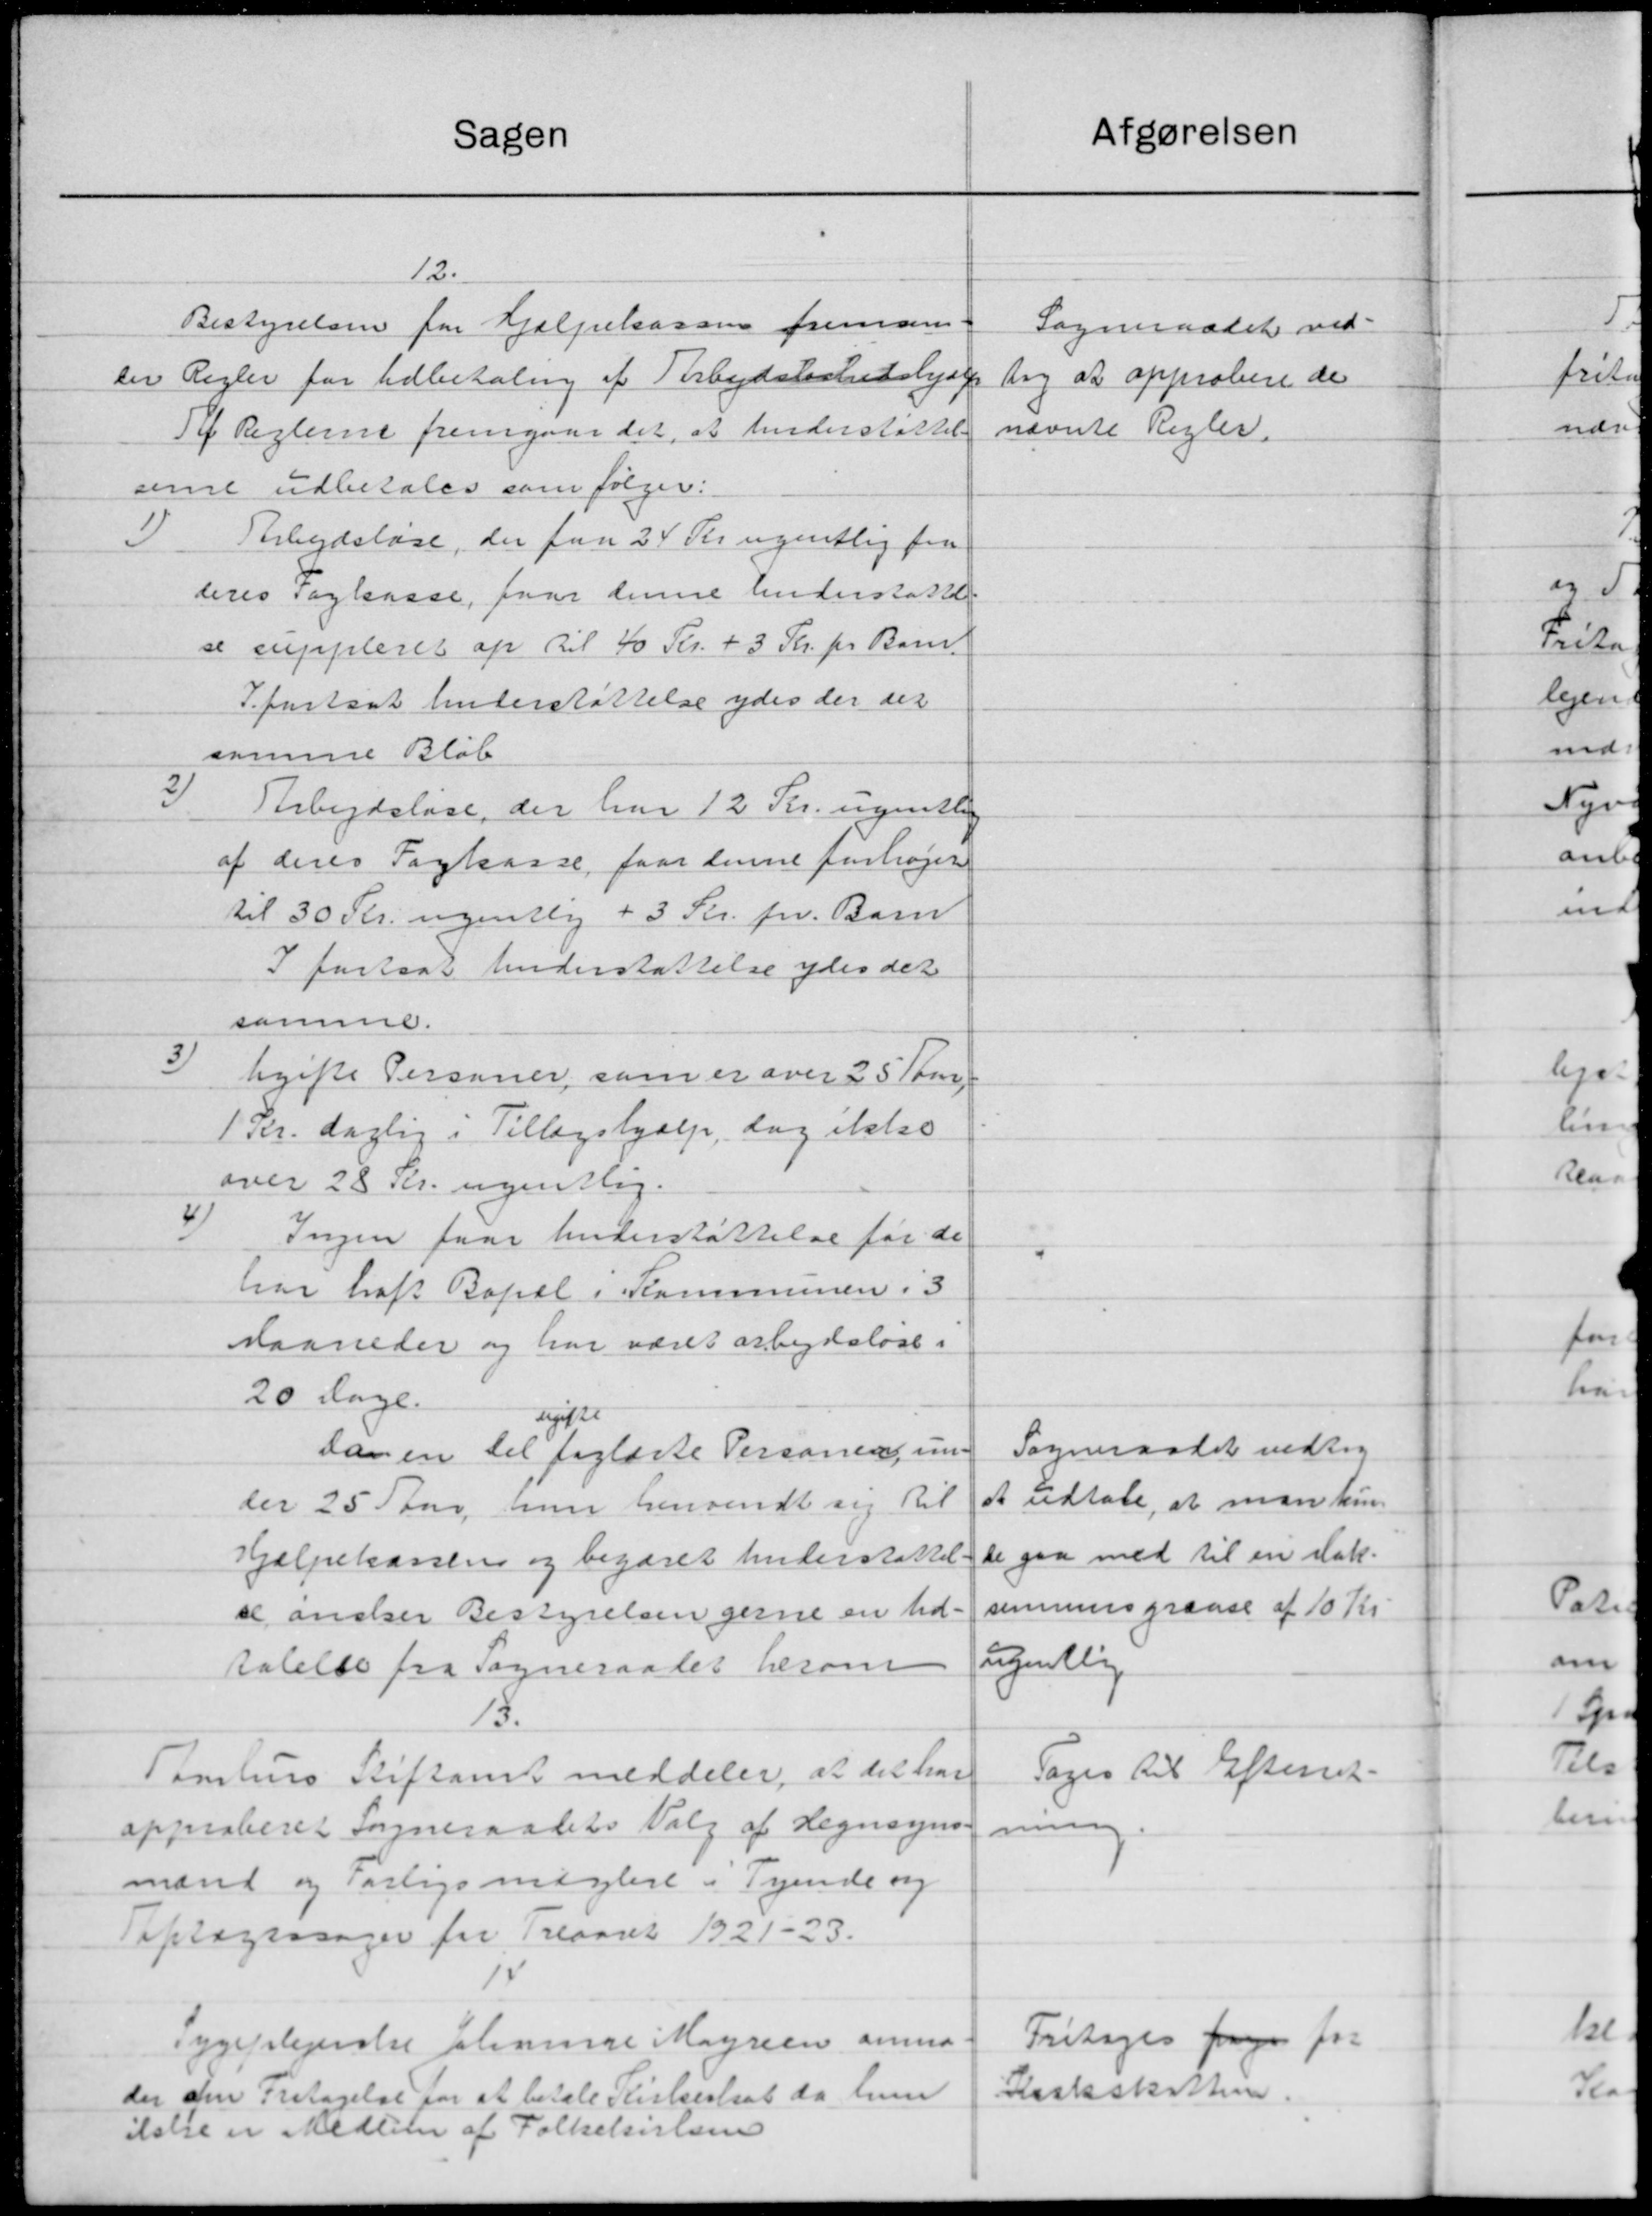
Transskription:
Sagen
12.
Bestyrelsen for Hjælpekassen fremsen-
en Regler for Udbetaling af Arbejdsløshedshjælp
Til Reglerne fremgaar det, at Understøttels
serne udbetales som følger:
3
Arbejdsløse, der faa 24 Kr ugentlig fra
deres Tagkasse, hvor denne Understøttelse
se suppleret op til 40 Kr. + 3 Kr. pr. Barn
S fastsat Understøttelse ydes der der
samme Bløb
3
Arbejdsløse, der har 12 Kr. ugentlig
af deres Fagkasse, faar denne forhøjet
til 30 Kr. ugentlig + 3 Kr. pr. Barn
I fortsat Understøttelse ydes det
samme.
3
Ugifte Personer, som er over 25 Tom
1 Kr. daglig i Tillægshjælp, dog ikke
over 28 Kr. ugentlig.
4
Ingen faar Understøttelse for de
har haft Bopæl i Kommunen i 3
Laaneder og har været arbejdsløse i
20 dage.
ugifte
danen til faglæste Personer un-
der 25 Aar hun henvendt sig til
Hjælpekassens og begæret Understøttel.
se ønsker Bestyrelsen gerne en Ud-
talelse fra Sogneraadet besom
15.
Tamhus Stiftamt meddeler, at det har
approberet Sogneraadets Valg af Hegnsyns
mænd og Forligsmæglere i Tyende og
Tiptagsssager for Treaaret 1921-23.
1
Sygeplejerese Jenninge Magreen anmo
der den Fritagelse for at betale Kirkeskat da hun
islie er Medlem af Folkelivelsen